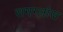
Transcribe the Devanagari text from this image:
समग्लोस